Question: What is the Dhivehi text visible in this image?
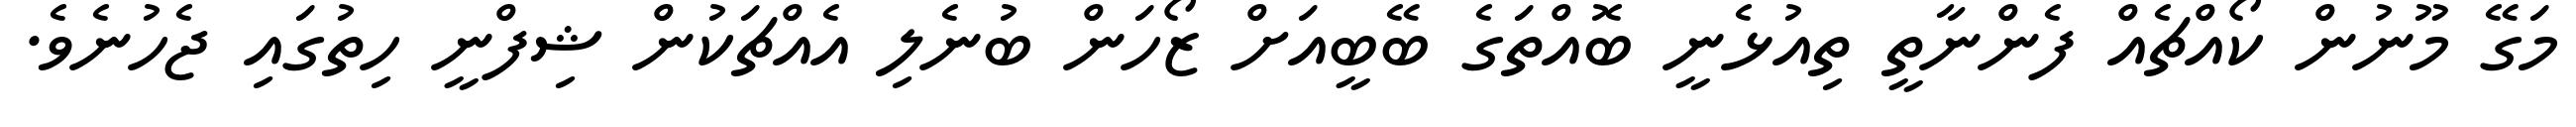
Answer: މަގޭ މޫނުން ކޯއްޗެއް ފެންނާތީ ތިއުޅެނީ ބޮއްތަގެ ބޭބީއަށް ޒޯހަން ބުނެލި އެއްޗަކުން ޝިފްނީ ހިތުގައި ޖެހުނެވެ.